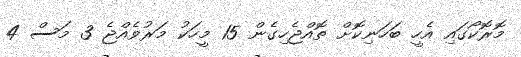
މޮރޮކޯގައި އެހީ ބަހަނިކޮށް ތޮއްޖެހިގެން 15 މީހަކު މަރުވެއްޖެ 3 މަސް 4